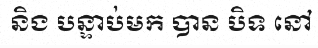
និង បន្ទាប់មក បាន បិទ នៅ